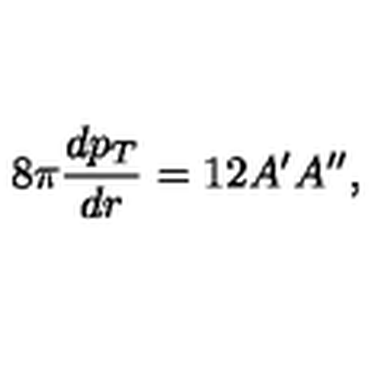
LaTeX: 8 \pi { \frac { d p _ { T } } { d r } } = 1 2 A ^ { \prime } A ^ { \prime \prime } ,